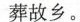
葬故乡。